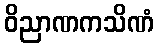
ဝိညာဏကသိဏံ